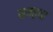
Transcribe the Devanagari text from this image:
सत्रहवा